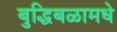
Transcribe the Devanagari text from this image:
बुद्धिबळामधे